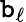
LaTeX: \mathtt{b}_{\ell}